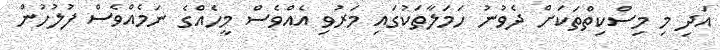
އަދި މި މިސްކިތްތަކަށް ދެވުނު ހަމަލާތަކުގައި މަރުވި އެއްވެސް މީހެއްގެ ނަމެއްވެސް ފުލުހުން